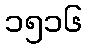
၁၅၁၆